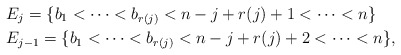
\begin{align*}&E_j = \{b_1 < \cdots < b_{r(j)} < n-j + r(j)+1 < \cdots < n\}\\&E_{j-1} = \{b_1 < \cdots < b_{r(j)} < n-j+r(j)+2 < \cdots < n\},\end{align*}